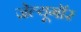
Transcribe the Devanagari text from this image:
जेल्यूगॉर